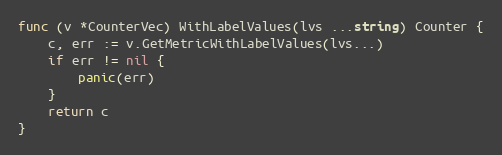
Language: Go
func (v *CounterVec) WithLabelValues(lvs ...string) Counter {
	c, err := v.GetMetricWithLabelValues(lvs...)
	if err != nil {
		panic(err)
	}
	return c
}